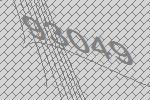
93049